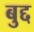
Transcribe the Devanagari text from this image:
बुद्द